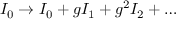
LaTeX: I _ { 0 } \rightarrow I _ { 0 } + g I _ { 1 } + g ^ { 2 } I _ { 2 } + \dots